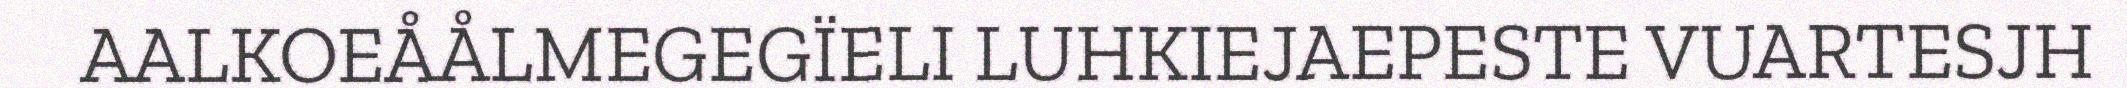
AALKOEÅÅLMEGEGÏELI LUHKIEJAEPESTE VUARTESJH